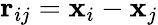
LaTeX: \textbf{r}_{ij}=\textbf{x}_{i}-\textbf{x}_{j}